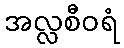
အလ္လစီဝရံ